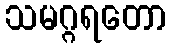
သမဂ္ဂရတော